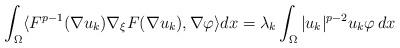
LaTeX: \begin{align*}\int_{\Omega}\langle F^{p-1}(\nabla u_{k}) \nabla_{\xi}F(\nabla u_{k}),\nabla\varphi \rangle dx= \lambda_{k}\int_\Omega |u_{k}|^{p-2} u_{k} \varphi \, dx\end{align*}